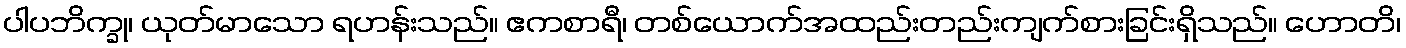
ပါပဘိက္ခု၊ ယုတ်မာသော ရဟန်းသည်။ ဧကစာရီ၊ တစ်ယောက်အထည်းတည်းကျက်စားခြင်းရှိသည်။ ဟောတိ၊